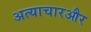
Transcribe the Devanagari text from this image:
अत्याचारऔर